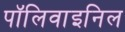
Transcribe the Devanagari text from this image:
पॉलिवाइनिल